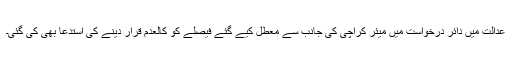
عدالت میں دائر درخواست میں میئر کراچی کی جانب سے معطل کیے گئے فیصلے کو کالعدم قرار دینے کی استدعا بھی کی گئی۔